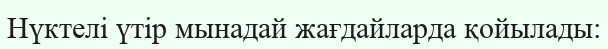
Нүктелі үтір мынадай жағдайларда қойылады: